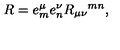
R = e _ { m } ^ { \mu } e _ { n } ^ { \nu } R _ { \mu \nu } { } ^ { m n } ,